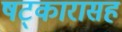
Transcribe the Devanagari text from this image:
षट्‍कारासह